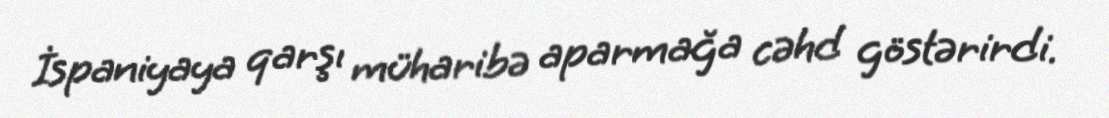
İspaniyaya qarşı müharibə aparmağa cəhd göstərirdi.